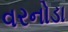
વરનોડા